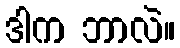
ဒါက ဘာလဲ။